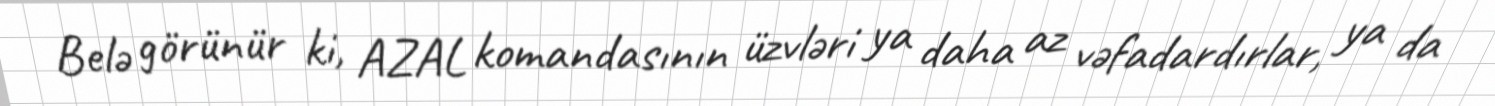
Belə görünür ki, AZAL komandasının üzvləri ya daha az vəfadardırlar, ya da